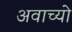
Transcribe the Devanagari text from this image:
अवाच्यो